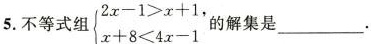
5. 不等式组 $$\begin{cases} 2 x - 1 > x + 1 , \\ x + 8 < 4 x - 1 \\ \end{cases}$$ 的解集是___.